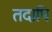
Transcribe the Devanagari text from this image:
तदापि